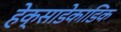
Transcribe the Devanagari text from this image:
हेक्साडेकाडिक